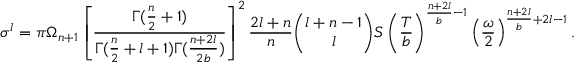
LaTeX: \sigma ^ { l } = \pi \Omega _ { n + 1 } \left[ { \frac { \Gamma ( { \frac { n } { 2 } } + 1 ) } { \Gamma ( { \frac { n } { 2 } } + l + 1 ) \Gamma ( { \frac { n + 2 l } { 2 b } } ) } } \right] ^ { 2 } { \frac { 2 l + n } { n } } { \binom { l + n - 1 } { l } } S \left( { \frac { T } { b } } \right) ^ { { \frac { n + 2 l } { b } } - 1 } \left( { \frac { \omega } { 2 } } \right) ^ { { \frac { n + 2 l } { b } } + 2 l - 1 } .